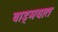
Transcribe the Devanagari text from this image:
वाड्मयात